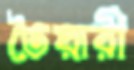
তৈয়ারী